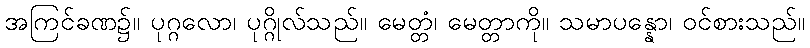
အကြင်ခဏ၌။ ပုဂ္ဂလော၊ ပုဂ္ဂိုလ်သည်။ မေတ္တံ၊ မေတ္တာကို။ သမာပန္နော၊ ဝင်စားသည်။